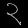
Digit: ၃